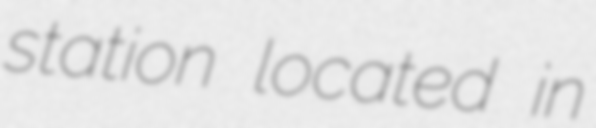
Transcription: station located in